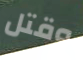
وقتل